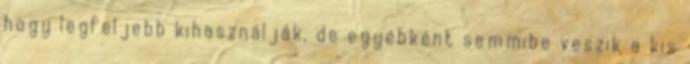
hogy legfeljebb kihasználják, de egyébként semmibe veszik a kis